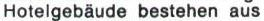
Hotelgebäude bestehen aus